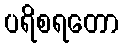
ပရိစရတော